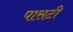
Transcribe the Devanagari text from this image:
पासटी